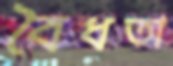
বৈধতা